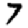
Digit: 7